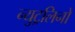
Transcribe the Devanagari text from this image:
न्युट्रलिनो